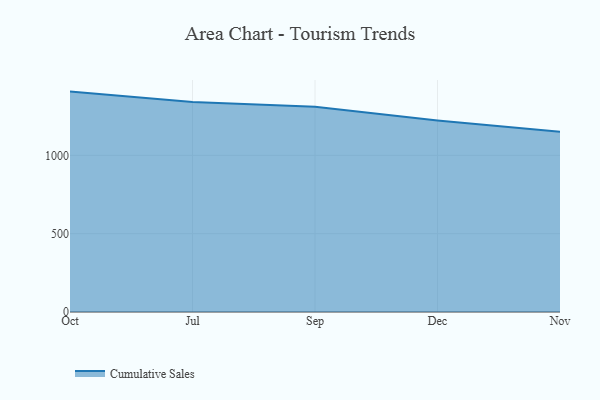
{"axis": {"x": "Month", "y": "Bounce Rate (%)"}, "legend": ["Cumulative Sales"], "data": [{"x": "Oct", "y": 1407.0, "type": "Cumulative Sales"}, {"x": "Jul", "y": 1341.2, "type": "Cumulative Sales"}, {"x": "Sep", "y": 1311.0, "type": "Cumulative Sales"}, {"x": "Dec", "y": 1222.4, "type": "Cumulative Sales"}, {"x": "Nov", "y": 1151.2, "type": "Cumulative Sales"}]}